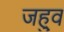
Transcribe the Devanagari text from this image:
जह्वु